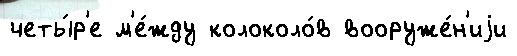
четы́р'е м'е́жду колоколо́в вооруже́н'иjи